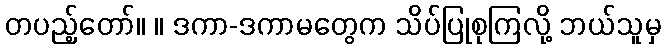
တပည့်တော်။ ။ ဒကာ-ဒကာမတွေက သိပ်ပြုစုကြလို့ ဘယ်သူမှ